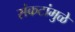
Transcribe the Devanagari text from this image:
संकटांमुळे